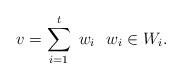
LaTeX: \begin{align*}v=\sum_{i=1}^t \ w_i \ \ w_i\in W_i.\end{align*}